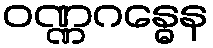
ဝဏ္ဏဂန္ဓေန